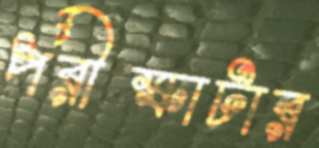
পরীক্ষাটার